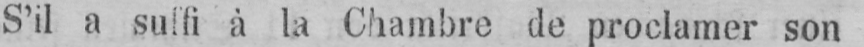
S’il a suffi à la Chambre de proclamer son